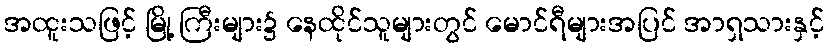
အထူးသဖြင့် မြို့ ကြီးများ၌ နေထိုင်သူများတွင် မောင်ရီများအပြင် အာရှသားနှင့်